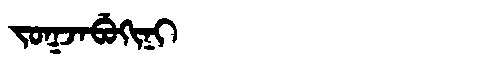
Manchu: ᠵᠣᡴᠵᠠᠪᡠᡴᡳᠨᡳ
Romanization: JOKJABUKINI